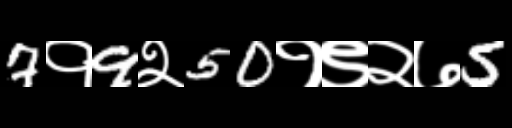
Text: 7१9२50१९२७5